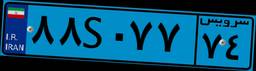
۸۸S۰۷۷۷۴